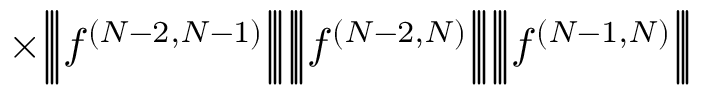
\times \Big | \! \Big | \! \Big | f ^ { ( N - 2 , N - 1 ) } \Big | \! \Big | \! \Big | \Big | \! \Big | \! \Big | f ^ { ( N - 2 , N ) } \Big | \! \Big | \! \Big | \Big | \! \Big | \! \Big | f ^ { ( N - 1 , N ) } \Big | \! \Big | \! \Big |